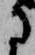
に